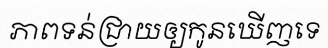
ភាពទន់ជ្រាយឲ្យកូនឃើញទេ